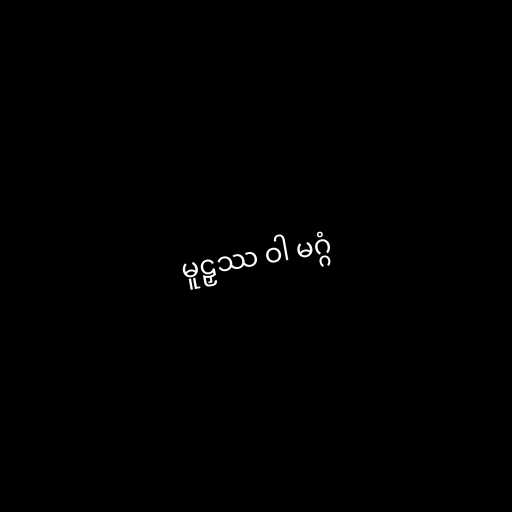
မူဠှဿ ဝါ မဂ္ဂံ